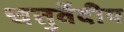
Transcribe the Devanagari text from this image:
चतुर्वेदीय